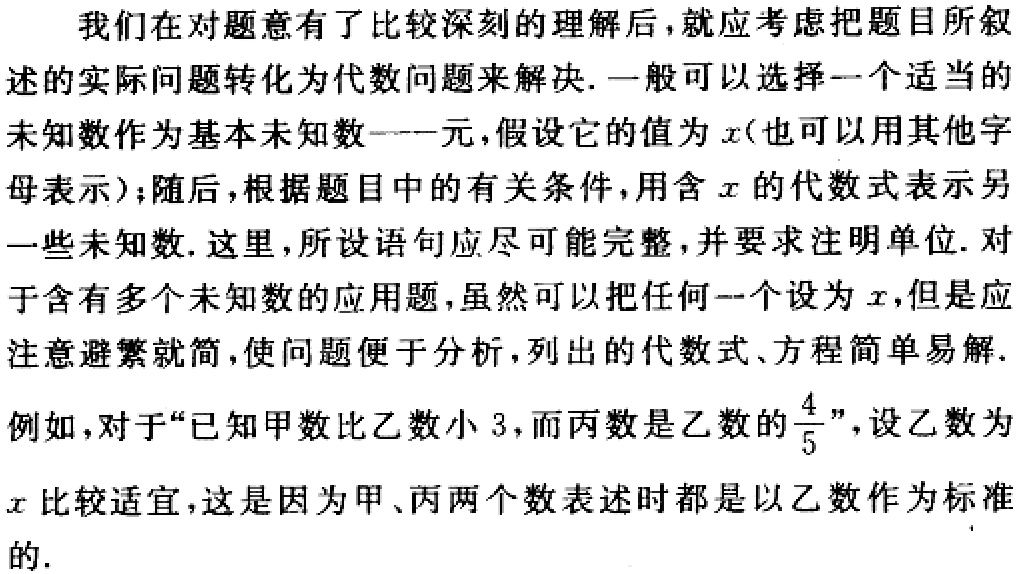
我们在对题意有了比较深刻的理解后，就应考虑把题目所叙述的实际问题转化为代数问题来解决. 一般可以选择一个适当的未知数作为基本未知数——元，假设它的值为\(x\)（也可以用其他字母表示）；随后，根据题目中的有关条件，用含\(x\)的代数式表示另一些未知数. 这里，所设语句应尽可能完整，并要求注明单位. 对于含有多个未知数的应用题，虽然可以把任何一个设为\(x\)，但是应注意避繁就简，使问题便于分析，列出的代数式、方程简单易解.
例如，对于“已知甲数比乙数小\(3\)，而丙数是乙数的\(\frac{4}{5}\)”，设乙数为\(x\)比较适宜，这是因为甲、丙两个数表述时都是以乙数作为标准的.